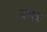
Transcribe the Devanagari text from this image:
बापक